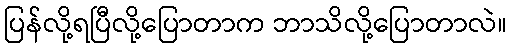
ပြန်လို့ရပြီလို့ပြောတာက ဘာသိလို့ပြောတာလဲ။